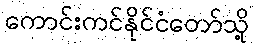
ကောင်းကင်နိုင်ငံတော်သို့